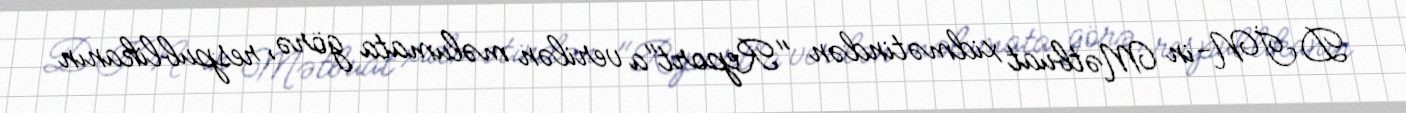
DİN-in Mətbuat xidmətindən "Report"a verilən məlumata görə, respublikanın